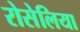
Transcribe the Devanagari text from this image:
रोसेलिया